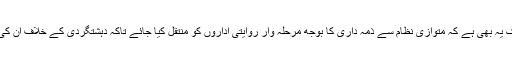
ممکنہ رستوں میں سے ایک یہ بھی ہے کہ متوازی نظام سے ذمہ داری کا بوجھ مرحلہ وار روایتی اداروں کو منتقل کیا جائے تاکہ دہشتگردی کے خلاف ان کی کارکردگی بہتر ہوسکے ۔